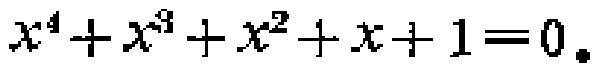
\(x^{4}+x^{3}+x^{2}+x + 1 = 0\)